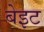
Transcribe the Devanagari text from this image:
बेइट